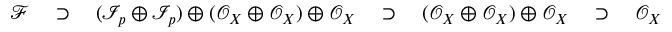
{ \mathcal { F } } \quad \supset \quad ( \mathcal { I } _ { p } \oplus \mathcal { I } _ { p } ) \oplus ( { \mathcal { O } } _ { X } \oplus { \mathcal { O } } _ { X } ) \oplus { \mathcal { O } } _ { X } \quad \supset \quad ( { \mathcal { O } } _ { X } \oplus { \mathcal { O } } _ { X } ) \oplus { \mathcal { O } } _ { X } \quad \supset \quad { \mathcal { O } } _ { X }